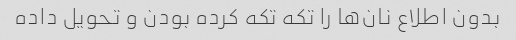
بدون اطلاع نان‌ها را تکه تکه کرده بودن و تحویل داده